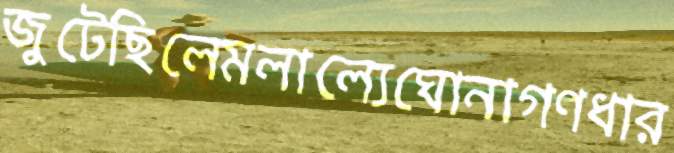
জুটেছিলেমলাল্যেঘোনাগণধার